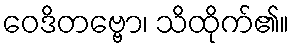
ဝေဒိတဗ္ဗော၊ သိထိုက်၏။